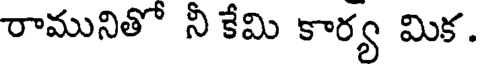
రామునితో నీ కేమి కార్య మిక.